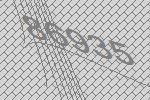
86935